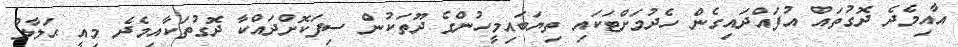
އާއިމެދެ ދޮގުތައް އުފައްދައިގެން ހެދުމަށްޓަކައި ތިޔަބައިމީހުންގެ ދޫތަކުން ސިފަކޮށްދައްކާ ދޮގުތަކާއިމެދެ މިއީ ޙަލާލު